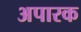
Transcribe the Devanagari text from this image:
अपारक